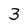
Character: 3